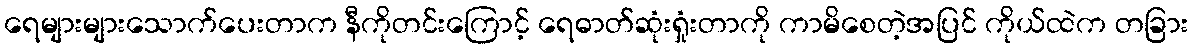
ရေများများသောက်ပေးတာက နီကိုတင်းကြောင့် ရေဓာတ်ဆုံးရှုံးတာကို ကာမိစေတဲ့အပြင် ကိုယ်ထဲက တခြား